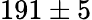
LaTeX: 191\pm 5